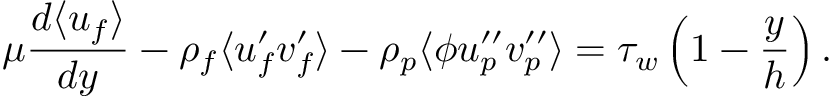
\mu \frac { d \langle u _ { f } \rangle } { d y } - \rho _ { f } \langle u _ { f } ^ { \prime } v _ { f } ^ { \prime } \rangle - \rho _ { p } \langle \phi u _ { p } ^ { \prime \prime } v _ { p } ^ { \prime \prime } \rangle = \tau _ { w } \left( 1 - \frac { y } { h } \right) .